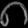
Digit: ၈